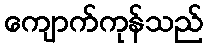
ကျောက်ကုန်သည်